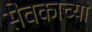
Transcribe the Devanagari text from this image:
सेवकाच्या